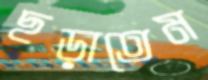
ছড়াতেম